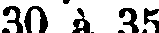
30 à 35